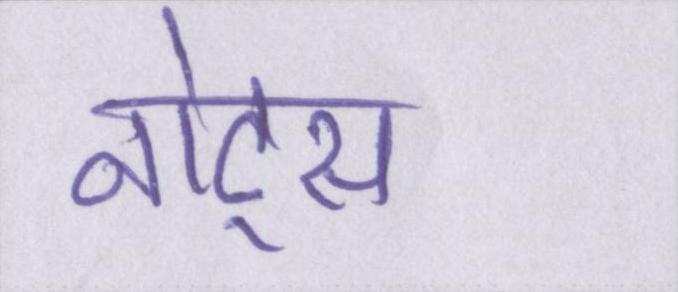
नोट्स